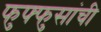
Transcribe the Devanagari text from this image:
फुफ्फुसांची